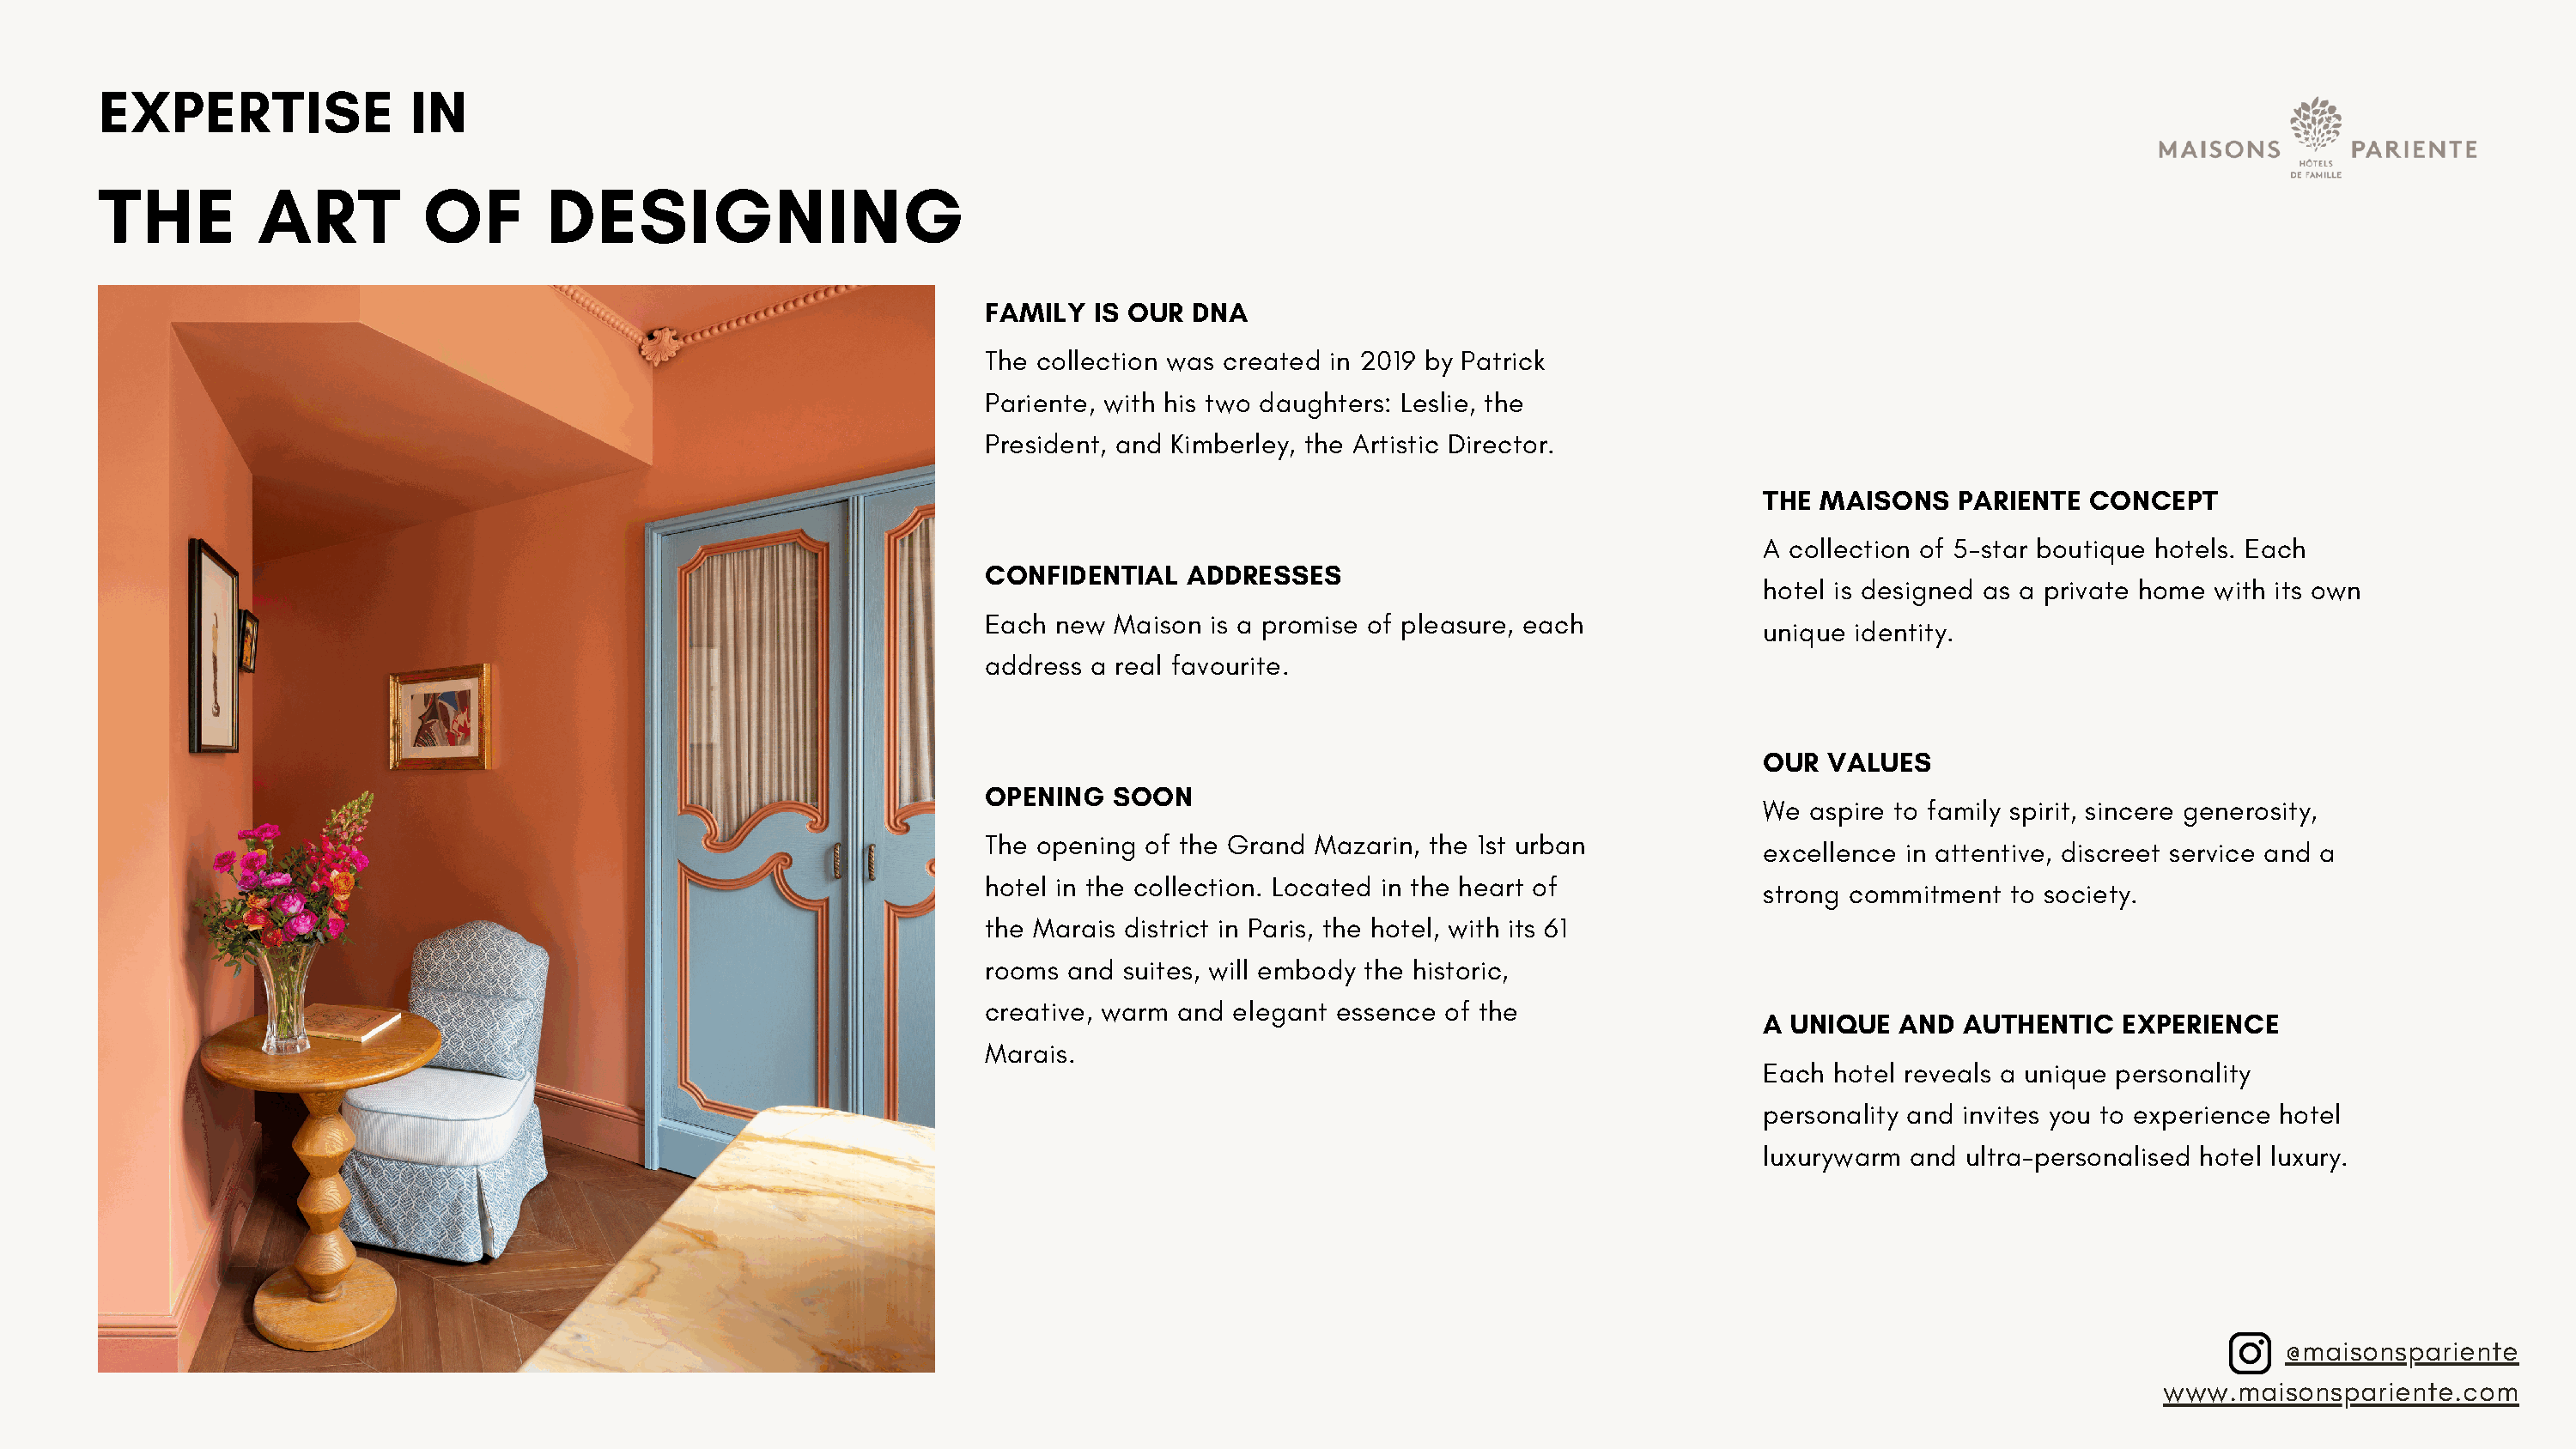
EXPERTISE               IN
 THE         ART          OF       DESIGNING
 FAMILY  IS OUR  DNA
 The collection was created in 2019 by Patrick
 Pariente, with his two daughters: Leslie, the
 President, and Kimberley, the Artistic Director.
 THE MAISONS    PARIENTE  CONCEPT
 A collection of 5-star boutique hotels. Each
 CONFIDENTIAL   ADDRESSES
 hotel is designed as a private home with its own
 Each new  Maison is a promise of pleasure, each
 unique identity.
 address a real favourite.
 OUR  VALUES
 OPENING   SOON
 We aspire to family spirit, sincere generosity,
 The opening of the Grand Mazarin, the 1st urban
 excellence in attentive, discreet service and a
 hotel in the collection. Located in the heart of
 strong commitment  to society.
 the Marais district in Paris, the hotel, with its 61
 rooms and  suites, will embody the historic,
 creative, warm and elegant essence of the
 A UNIQUE  AND  AUTHENTIC    EXPERIENCE
 Marais.
 Each hotel reveals a unique personality
 personality and invites you to experience hotel
 luxurywarm and  ultra-personalised hotel luxury.
 @maisonspariente
 www.maisonspariente.com